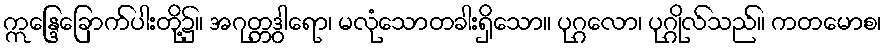
ဣန္ဒြေခြောက်ပါးတို့၌။ အဂုတ္တဒွါရော၊ မလုံသောတခါးရှိသော။ ပုဂ္ဂလော၊ ပုဂ္ဂိုလ်သည်။ ကတမောစ၊